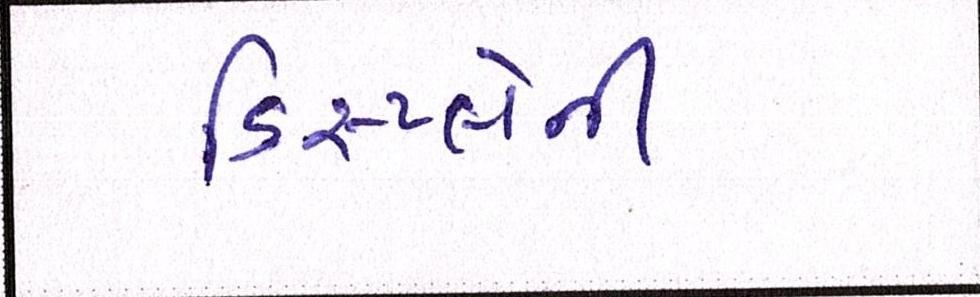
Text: ડિસ્પ્લેની